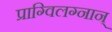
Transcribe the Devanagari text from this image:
प्राग्विलग्नान्